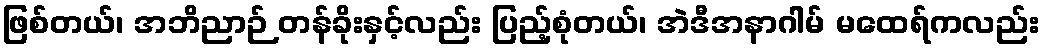
ဖြစ်တယ်၊ အဘိညာဉ် တန်ခိုးနှင့်လည်း ပြည့်စုံတယ်၊ အဲဒီအနာဂါမ် မထေရ်ကလည်း